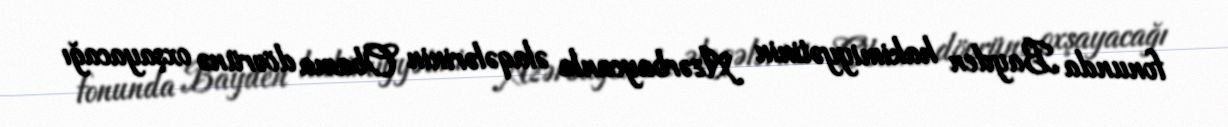
fonunda Bayden hakimiyyətinin Azərbaycanla əlaqələrinin Obama dövrünə oxşayacağı